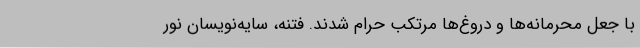
با جعل محرمانه‌ها و دروغ‌ها مرتکب حرام شدند. فتنه، سایه‌نویسان نور